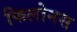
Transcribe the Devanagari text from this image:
फिलोनस